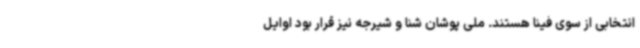
انتخابی از سوی فینا هستند. ملی پوشان شنا و شیرجه نیز قرار بود اوایل